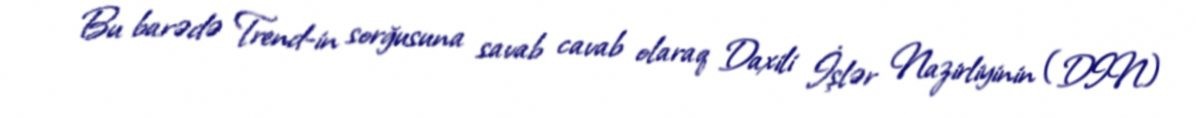
Bu barədə Trend-in sorğusuna savab cavab olaraq Daxili İşlər Nazirliyinin (DIN)